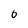
Character: 0